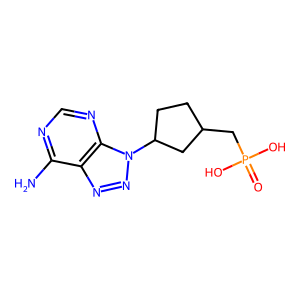
SMILES: Nc1ncnc2c1nnn2C1CCC(CP(=O)(O)O)C1
Inhibits HIV replication: No